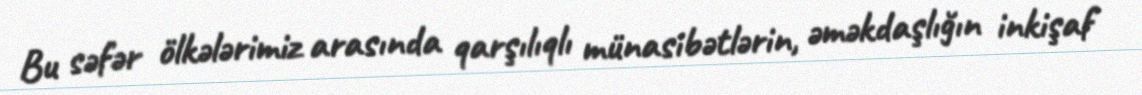
Bu səfər ölkələrimiz arasında qarşılıqlı münasibətlərin, əməkdaşlığın inkişaf